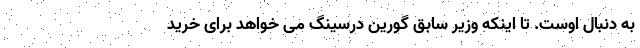
به دنبال اوست. تا اینکه وزیر سابق گورین درسینگ می خواهد برای خرید